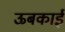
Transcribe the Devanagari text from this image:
ऊबकाई